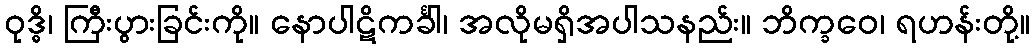
ဝုဒ္ဓိ၊ ကြီးပွားခြင်းကို။ နောပါဋိကင်္ခါ၊ အလိုမရှိအပါသနည်း။ ဘိက္ခဝေ၊ ရဟန်းတို့။